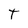
Character: T